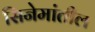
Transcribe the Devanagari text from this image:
सिनेमांतील